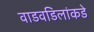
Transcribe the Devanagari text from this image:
वाडवडिलांकडे